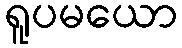
ရူပမယော